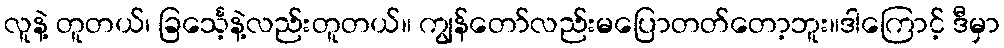
လူနဲ့ တူတယ်၊ ခြင်္သေ့နဲ့လည်းတူတယ်။ ကျွန်တော်လည်းမပြောတတ်တော့ဘူး။ဒါကြောင့် ဒီမှာ